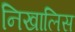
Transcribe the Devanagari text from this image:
निखालिस